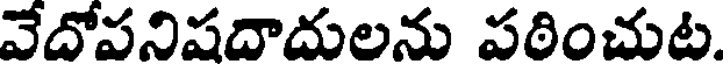
వేదోపనిషదాదులను పఠించుట.